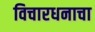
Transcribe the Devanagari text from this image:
विचारधनाचा